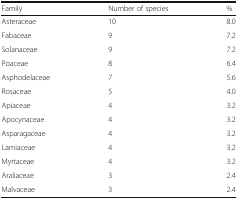
| Family | Number of species | % |
 | --- | --- | --- |
 | Asteraceae | 10 | 8.0 |
 | Fabaceae | 9 | 7.2 |
 | Solanaceae | 9 | 7.2 |
 | Poaceae | 8 | 6.4 |
 | Asphodelaceae | 7 | 5.6 |
 | Rosaceae | 5 | 4.0 |
 | Apiaceae | 4 | 3.2 |
 | Apocynaceae | 4 | 3.2 |
 | Asparagaceae | 4 | 3.2 |
 | Lamiaceae | 4 | 3.2 |
 | Myrtaceae | 4 | 3.2 |
 | Araliaceae | 3 | 2.4 |
 | Malvaceae | 3 | 2.4 |